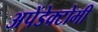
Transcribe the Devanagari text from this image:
अपेंडेक्टोमी